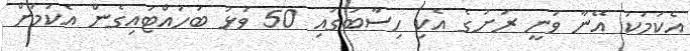
އެކަމަކު އޭނާ ވަނީ ރަށުގެ އެކި ހިސާބުގައި 50 ވަޅު ބަހައްޓައިގެން އެކަމަށް